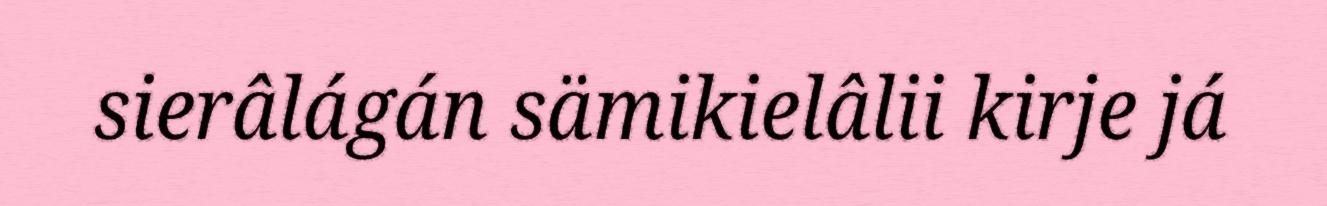
sierâlágán sämikielâlii kirje já